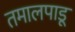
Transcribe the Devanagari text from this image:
तमालपाडू